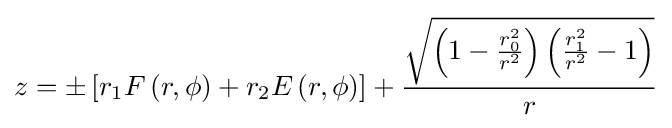
z=\pm \left[r_{1}F\left(r,\phi \right)+r_{2}E\left(r,\phi \right)\right]+{\frac {\sqrt {\left(1-{\frac {r_{0}^{2}}{r^{2}}}\right)\left({\frac {r_{1}^{2}}{r^{2}}}-1\right)}}{r}}